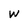
Character: W